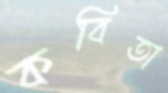
কবিতা